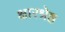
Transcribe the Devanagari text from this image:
क्षारश्रेष्ठ